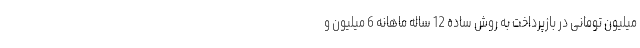
میلیون تومانی در بازپرداخت به روش‌ ساده‌ 12 ساله ماهانه 6 میلیون و